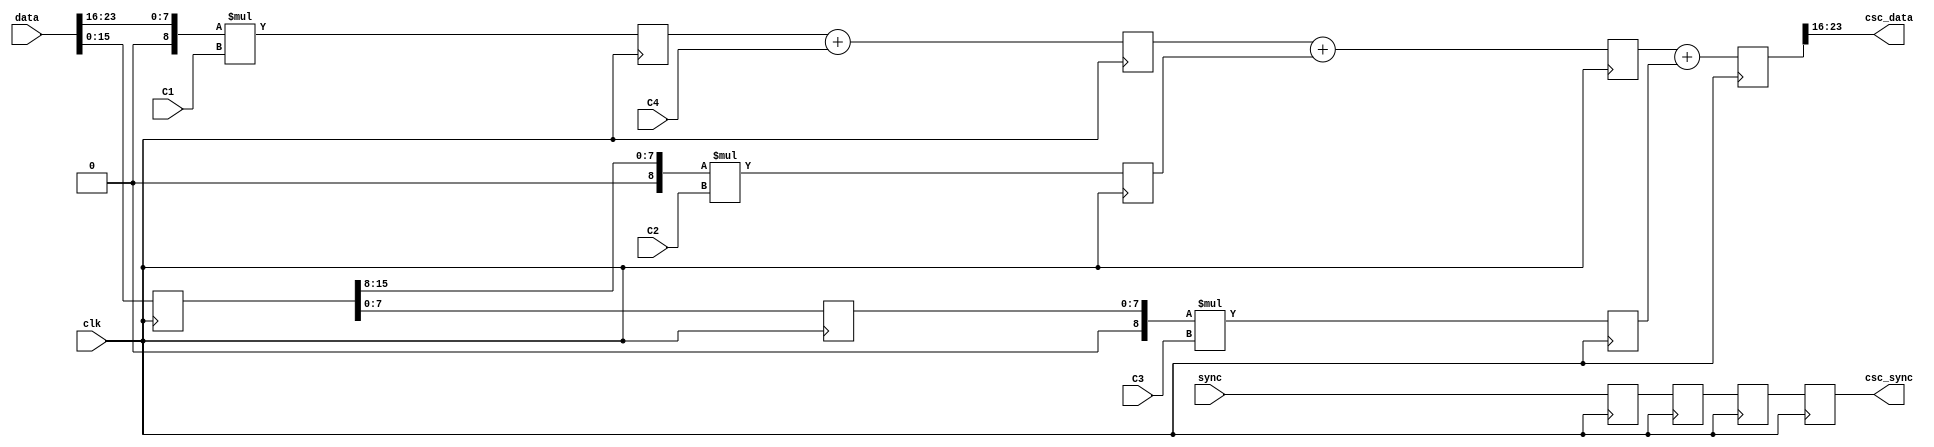
// ***************************************************************************
// ***************************************************************************
// Copyright 2014 - 2017 (c) Analog Devices, Inc. All rights reserved.
//
// In this HDL repository, there are many different and unique modules, consisting
// of various HDL (Verilog or VHDL) components. The individual modules are
// developed independently, and may be accompanied by separate and unique license
// terms.
//
// The user should read each of these license terms, and understand the
// freedoms and responsibilities that he or she has by using this source/core.
//
// This core is distributed in the hope that it will be useful, but WITHOUT ANY
// WARRANTY; without even the implied warranty of MERCHANTABILITY or FITNESS FOR
// A PARTICULAR PURPOSE.
//
// Redistribution and use of source or resulting binaries, with or without modification
// of this file, are permitted under one of the following two license terms:
//
//   1. The GNU General Public License version 2 as published by the
//      Free Software Foundation, which can be found in the top level directory
//      of this repository (LICENSE_GPL2), and also online at:
//      <https://www.gnu.org/licenses/old-licenses/gpl-2.0.html>
//
// OR
//
//   2. An ADI specific BSD license, which can be found in the top level directory
//      of this repository (LICENSE_ADIBSD), and also on-line at:
//      https://github.com/analogdevicesinc/hdl/blob/master/LICENSE_ADIBSD
//      This will allow to generate bit files and not release the source code,
//      as long as it attaches to an ADI device.
//
// ***************************************************************************
// ***************************************************************************
// csc = c1*d[23:16] + c2*d[15:8] + c3*d[7:0] + c4;

`timescale 1ns/100ps

module ad_csc #(

  parameter   DELAY_DW    = 16,
  parameter   MUL_COEF_DW = 17,
  parameter   SUM_COEF_DW = 24,
  parameter   YCbCr_2_RGB = 0) (

  // data

  input                             clk,
  input        [   DELAY_DW-1:0]    sync,
  input        [           23:0]    data,

  // constants

  input signed [MUL_COEF_DW-1:0]    C1,
  input signed [MUL_COEF_DW-1:0]    C2,
  input signed [MUL_COEF_DW-1:0]    C3,
  input signed [SUM_COEF_DW-1:0]    C4,

  // sync is delay matched

  output       [   DELAY_DW-1:0]    csc_sync,
  output       [            7:0]    csc_data);


  localparam PIXEL_WD = 9; // sign extended
  localparam MUL_DW = MUL_COEF_DW + PIXEL_WD -1;

  // internal wires

  reg  signed [        23:0]  data_d1;
  reg  signed [        23:0]  data_d2;
  reg  signed [    MUL_DW:0]  data_1;
  reg  signed [    MUL_DW:0]  data_2;
  reg  signed [    MUL_DW:0]  data_3;
  reg  signed [    MUL_DW:0]  s_data_1;
  reg  signed [    MUL_DW:0]  s_data_2;
  reg  signed [    MUL_DW:0]  s_data_3;
  reg         [DELAY_DW-1:0]  sync_1_m;
  reg         [DELAY_DW-1:0]  sync_2_m;
  reg         [DELAY_DW-1:0]  sync_3_m;
  reg         [DELAY_DW-1:0]  sync_4_m;
  reg         [DELAY_DW-1:0]  sync_5_m;
  reg         [         7:0]  csc_data_d;


  wire signed [8:0]  color1;
  wire signed [8:0]  color2;
  wire signed [8:0]  color3;

  // delay signals

  always @(posedge clk) begin
    data_d1 <= data;
    data_d2 <= data_d1;
    sync_1_m <= sync;
    sync_2_m <= sync_1_m;
    sync_3_m <= sync_2_m;
    sync_4_m <= sync_3_m;
    sync_5_m <= sync_4_m;
  end

  assign color1 = {1'd0,    data[23:16]};
  assign color2 = {1'd0, data_d1[15: 8]};
  assign color3 = {1'd0, data_d2[ 7: 0]};

  // pipeline DSPs for multiplications and additions

  always @(posedge clk) begin
    data_1 <= color1 * C1;
    data_2 <= color2 * C2;
    data_3 <= color3 * C3;
  end

  always @(posedge clk) begin
    s_data_1 <= data_1 + C4;
    s_data_2 <= s_data_1 + data_2;
    s_data_3 <= s_data_2 + data_3;
  end

  generate
    // in RGB to YCbCr there are no overflows or underflows
    if (YCbCr_2_RGB) begin
      // output registers, output is unsigned (0 if sum is < 0) and saturated.
      // the inputs are expected to be 1.4.20 format (output is 8bits).

      always @(posedge clk) begin
        if (s_data_3[27] == 1'b1) begin
          csc_data_d <= 8'h0;
        end else if (s_data_3[26:24] != 3'b0) begin
          csc_data_d <= 8'hff;
        end else begin
          csc_data_d <= s_data_3[22:15];
        end
      end
      assign csc_data = csc_data_d;
      assign csc_sync = sync_5_m;
    end else begin
      assign csc_data = s_data_3[23:16];
      assign csc_sync = sync_4_m;
    end
  endgenerate

endmodule

// ***************************************************************************
// ***************************************************************************